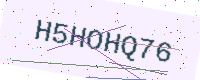
Text: H5HOHQ76